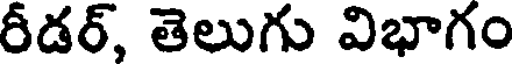
రీడర్, తెలుగు విభాగం